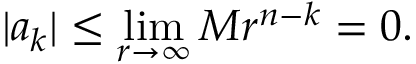
| a _ { k } | \leq \operatorname* { l i m } _ { r \to \infty } M r ^ { n - k } = 0 .